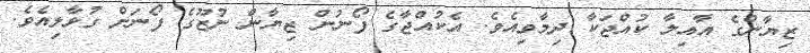
ޒިޔާންގެ އާއިލާ ކުއްޖަކާ ދިމާވިއެވެ. އެކުއްޖާގެ ފޯނުން ޒިޔާން ނުޒޫގެ ފޯނަށް ގުޅާލިއެވެ.